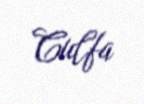
Culfa